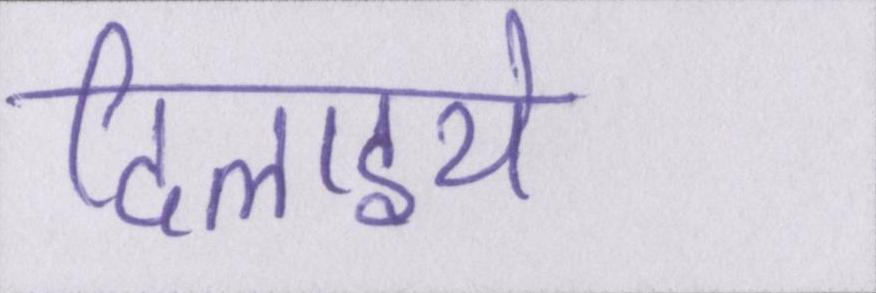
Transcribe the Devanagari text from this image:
दिलाइये